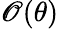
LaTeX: \mathscr{O}(\theta)